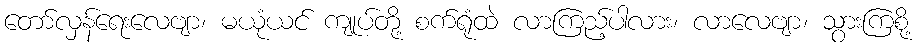
တော်လှန်ရေးလေဗျာ၊ မယုံယင် ကျုပ်တို့ စက်ရုံထဲ လာကြည့်ပါလား၊ လာလေဗျာ၊ သွားကြစို့